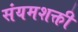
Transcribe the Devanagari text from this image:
संयमशक्ती